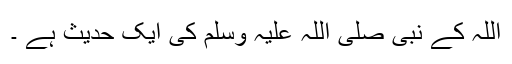
اللہ کے نبی صلی اللہ علیہ وسلم کی ایک حدیث ہے ۔